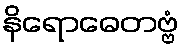
နိရောဓေတဗ္ဗံ